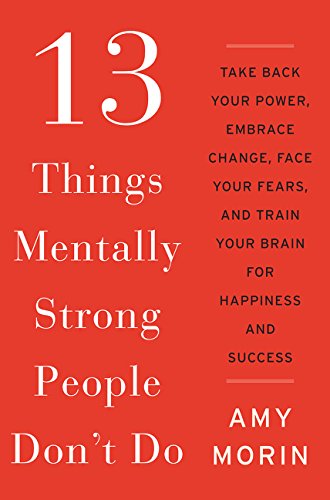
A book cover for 13 Things Mentally Strong People Don't Do: Take Back Your Power, Embrace Change, Face Your Fears, and Train Your Brain for Happiness and Success; Amy Morin; Self-Help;